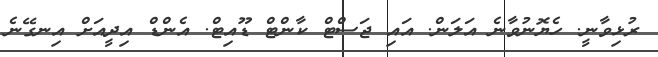
ރުޅިވާނީ. ހެޔޮނުވާނެ އަލަން. އައި ޖަސްޓް ކާންޓް ޑޫއިޓް. އެންޑް އިދީއަށް އިނގޭނެ